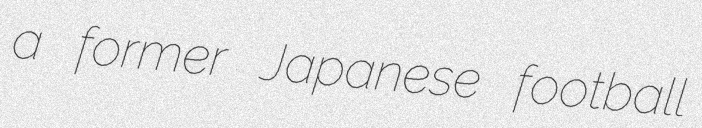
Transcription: a former Japanese football